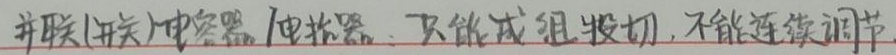
并联(开关)电容器、电抗器，只能成组投切，不能连续调节